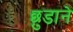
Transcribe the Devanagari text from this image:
छ़ुडाने